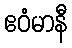
ဧဝံမာနီ